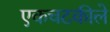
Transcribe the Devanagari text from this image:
एकचटकीले